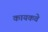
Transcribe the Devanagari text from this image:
कायकवे